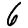
Digit: 6